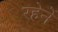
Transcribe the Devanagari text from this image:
रहेनें